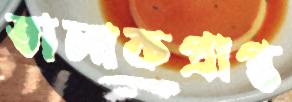
তালাকপ্রাপ্ত